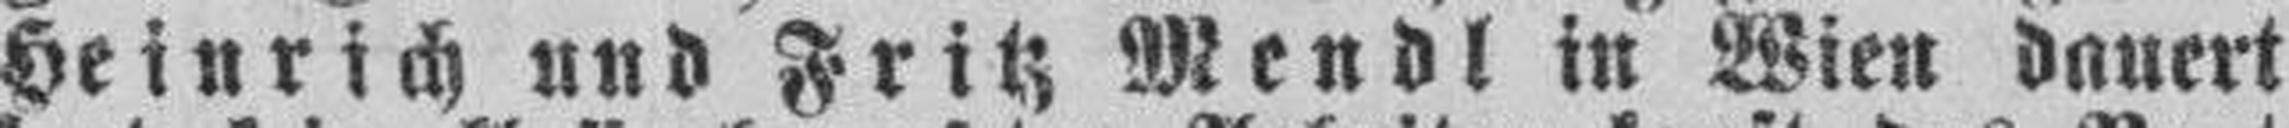
Heinrich und Fritz Mendl in Wien dauert